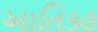
આતિકહ